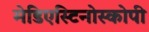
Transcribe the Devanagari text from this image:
मेडिएस्टिनोस्कोपी